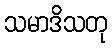
သမာဒိသတု